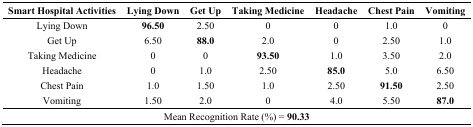
| Smart Hospital Activities | Lying Down | Get Up | Taking Medicine | Headache | Chest Pain | Vomiting |
 | --- | --- | --- | --- | --- | --- | --- |
 | Lying Down | 96.50 | 2.50 | 0 | 0 | 1.0 | 0 |
 | Get Up | 6.50 | 88.0 | 2.0 | 0 | 2.50 | 1.0 |
 | Taking Medicine | 0 | 0 | 93.50 | 1.0 | 3.50 | 2.0 |
 | Headache | 0 | 1.0 | 2.50 | 85.0 | 5.0 | 6.50 |
 | Chest Pain | 1.0 | 1.50 | 1.0 | 2.50 | 91.50 | 2.50 |
 | Vomiting | 1.50 | 2.0 | 0 | 4.0 | 5.50 | 87.0 |
 | <COLSPAN=7> Mean Recognition Rate (%) = 90.33 |